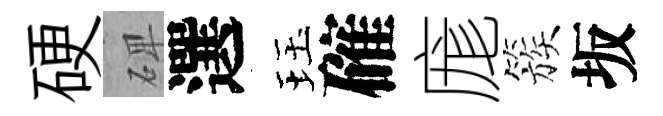
硬𥓓選珏確庬簇坂